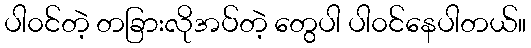
ပါ၀င်တဲ့ တခြားလိုအပ်တဲ့ တွေပါ ပါ၀င်နေပါတယ်။